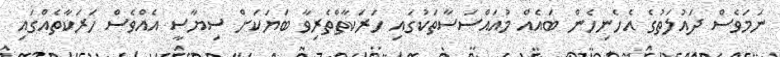
ނަމަވެސް ދައުލަތުގެ އެހެނިހެން ބައެއް މުއައްސަސާތަކުގައި ހަރަކާތްތެރިވާ ބަޔަކަށް ސިޔާސީ އެއްވެސް ހަރަކާތެއްގައި